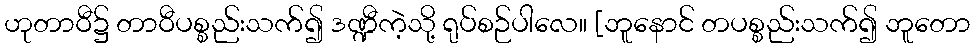
ဟုတာဝီ၌ တာဝီပစ္စည်းသက်၍ ဒဏ္ဍီကဲ့သို့ ရုပ်စဉ်ပါလေ။ [ဘူနောင် တပစ္စည်းသက်၍ ဘူတော